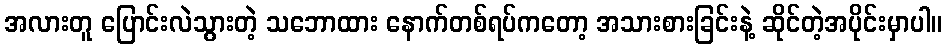
အလားတူ ပြောင်းလဲသွားတဲ့ သဘောထား နောက်တစ်ရပ်ကတော့ အသားစားခြင်းနဲ့ ဆိုင်တဲ့အပိုင်းမှာပါ။